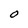
Character: O